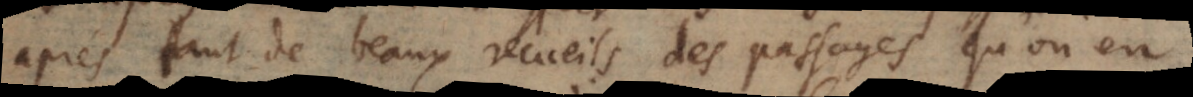
après tant de beaux recueils des passages qu’on en